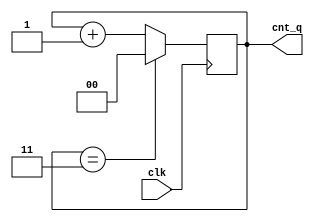
`timescale 1ns / 1ps
//////////////////////////////////////////////////////////////////////////////////
// Company: 
// Engineer: 
// 
// Design Name: 
// Module Name: refresh_counter
// Project Name: 
// Target Devices: 
// Tool Versions: 
// Description: 
// 
// Dependencies: 
// 
// Revision:
// Revision 0.01 - File Created
// Additional Comments:
// 
//////////////////////////////////////////////////////////////////////////////////


module refresh_counter(input clk, output reg[1:0] cnt_q =0);
    reg [1:0] cnt_d = 0;
    
    always @(posedge clk)
    begin
    
    if(cnt_d == 2'b11)
        cnt_d = 2'b0;
        
    else
    
        cnt_d = cnt_d+1'b1;
        cnt_q<=cnt_d;
    end

endmodule




///////////////////////////



module decoder24_behaviour(
   // input port
   input [1:0] in,

   // use reg to store the output value
   output reg [3:0]y
   // always is used in design block 
   // only in Behavioural modeling.
   );
   
   always @(in)
     begin
           case(in)
                2'b00: y = 4'b1110;
                2'b00: y = 4'b1101;
                2'b00: y = 4'b1011;
                2'b00: y = 4'b0111;
           endcase
     end
endmodule